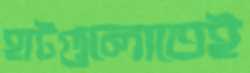
হাটগুলোতেই